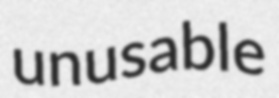
unusable